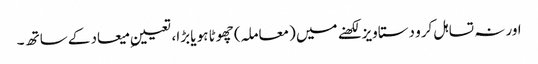
اور نہ تسا ہل کرو دستاویز لکھنے میں (معاملہ) چھوٹا ہو یا بڑا، تعیینِ میعاد کے ساتھ ۔